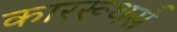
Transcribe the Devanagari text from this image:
काररूथर्स